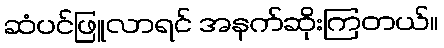
ဆံပင်ဖြူလာရင် အနက်ဆိုးကြတယ်။